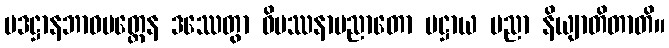
ပဒဋ္ဌာနဘာဝမတ္တေန ဒဿေတွာ ဝိပဿနာပညာတော ပဋ္ဌာယ ပညာ နိယျာတိတာတိ။